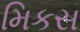
મિકસ